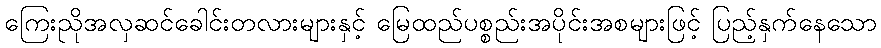
ကြေးညိုအလှဆင်ခေါင်းတလားများနှင့် မြေထည်ပစ္စည်းအပိုင်းအစများဖြင့် ပြည့်နှက်နေသော